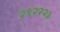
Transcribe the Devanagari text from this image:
२१२२२३